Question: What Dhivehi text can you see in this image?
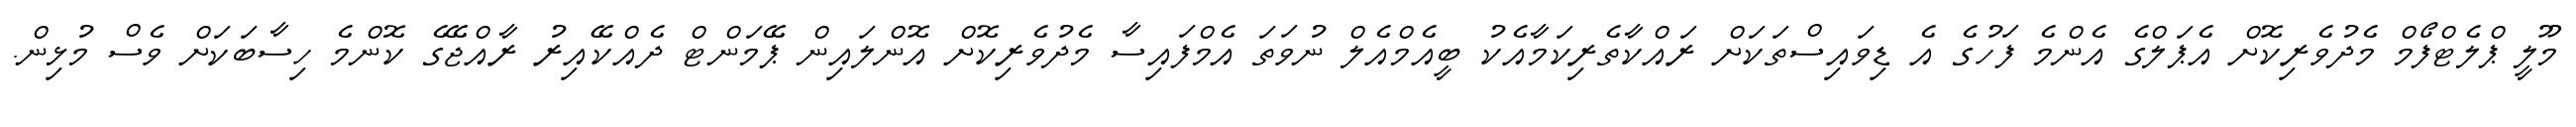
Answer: މޫލީ ޕްލެޓްފޯމް މެދުވެރިކޮށް އެޕަލްގެ އެންމެ ފަހުގެ އެ ޑިވައިސްތަކަށް ރައްކާތެރިކަމާއެކު ބީއެމްއެލް ނުވަތަ އެމްފައިސާ މެދުވެރިކޮށް އޮންލައިން ޕޭމަންޓް ދެއްކޭއިރު ރާއްޖޭގެ ކޮންމެ ހިސާބަކަށް ވެސް މުޅިން.